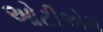
ઓટીએમ